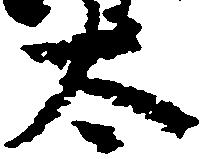
太